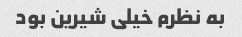
به نظرم خیلی شیرین بود